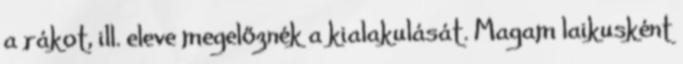
a rákot, ill. eleve megelőznék a kialakulását. Magam laikusként